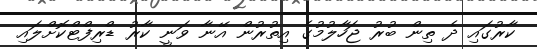
ކާރުގައި ދެ ތިން ބުރު ޖަހާލުމުގެ އިތުރުން އޭނާ ވަނީ ކާރު ޑްރިފްޓްކޮށްލައި